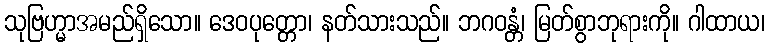
သုဗြဟ္မာအမည်ရှိသော။ ဒေဝပုတ္တော၊ နတ်သားသည်။ ဘဂဝန္တံ၊ မြတ်စွာဘုရားကို။ ဂါထာယ၊